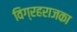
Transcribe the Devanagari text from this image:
विग्रहराजका